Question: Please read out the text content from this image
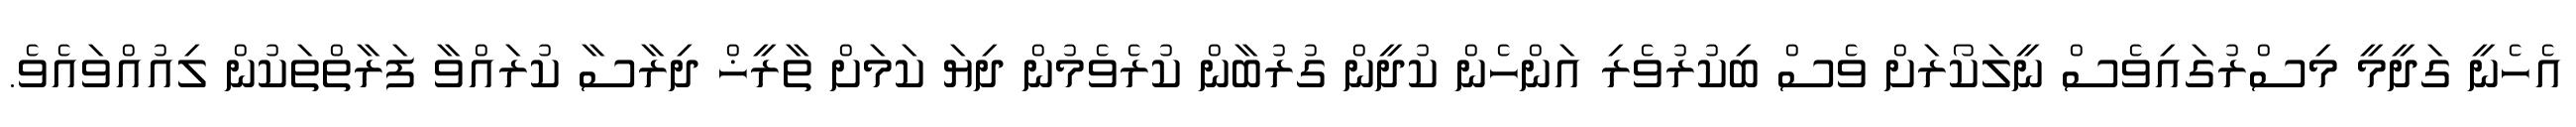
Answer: އެހެނީ ގަދީމީ މިސްރުގައިވެސް ނީލަކޯރަށް ވެސް ބިކުރުވެރި އަންހެން ކުދީން ގުރުބާން ކުރެވެމުން ދިޔަ ކަމަށް ތާރީޚް ދިރާސާ ކުރައްވާ ފަރާތްތަކުން ލިއުއްވައެވެ.